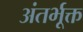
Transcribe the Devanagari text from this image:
अंतर्भूक्त